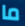
ما